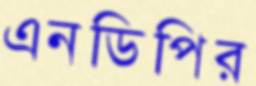
এনডিপির